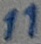
Text: 11